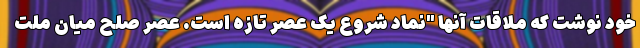
خود نوشت که ملاقات آنها "نماد شروع یک عصر تازه است. عصر صلح میان ملت